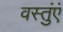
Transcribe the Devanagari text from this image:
वस्तुंएं